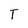
Character: T